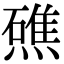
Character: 𭶗